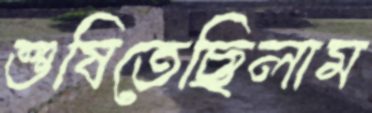
শুষিতেছিলাম